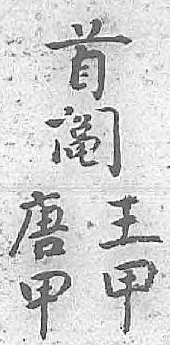
首唐王阄甲甲